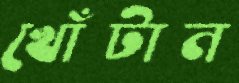
খোঁটান